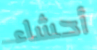
أحشاء